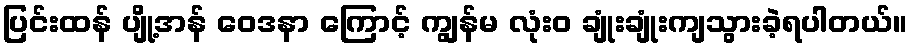
ပြင်းထန် ပျို့အန် ဝေဒနာ ကြောင့် ကျွန်မ လုံးဝ ချုံးချုံးကျသွားခဲ့ရပါတယ်။